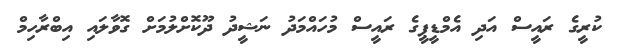
ކުރީގެ ރައީސް އަދި އެމްްޑީޕީގެ ރައީސް މުހައްމަދު ނަޝީދު ދޫކޮށްލުމަށް ގޮވާލައި އިބްރާހިމް